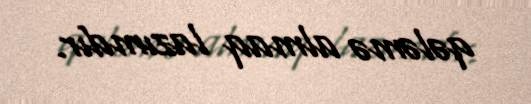
qələmə almaq lazımdır.